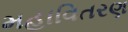
મહાવિતરણ